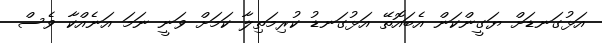
އަޅުގަނޑަށް ޔަގީންކަން އެބައޮތޭ އަޅުގަނޑު ކުރިމަތިލާ ކަމަށް ވަނީ ނަމަ އަނެއްކާ ވެސް